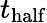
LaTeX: t_{\mathrm{half}}